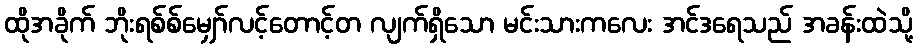
ထိုအခိုက် ဘိုးရစ်စ်မျှော်လင့်တောင့်တ လျက်ရှိသော မင်းသားကလေး အင်ဒရေသည် အခန်းထဲသို့